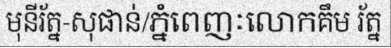
មុនីរ័ត្ន-សុផាន់/ភ្នំពេញៈលោកគឹម រ័ត្ន